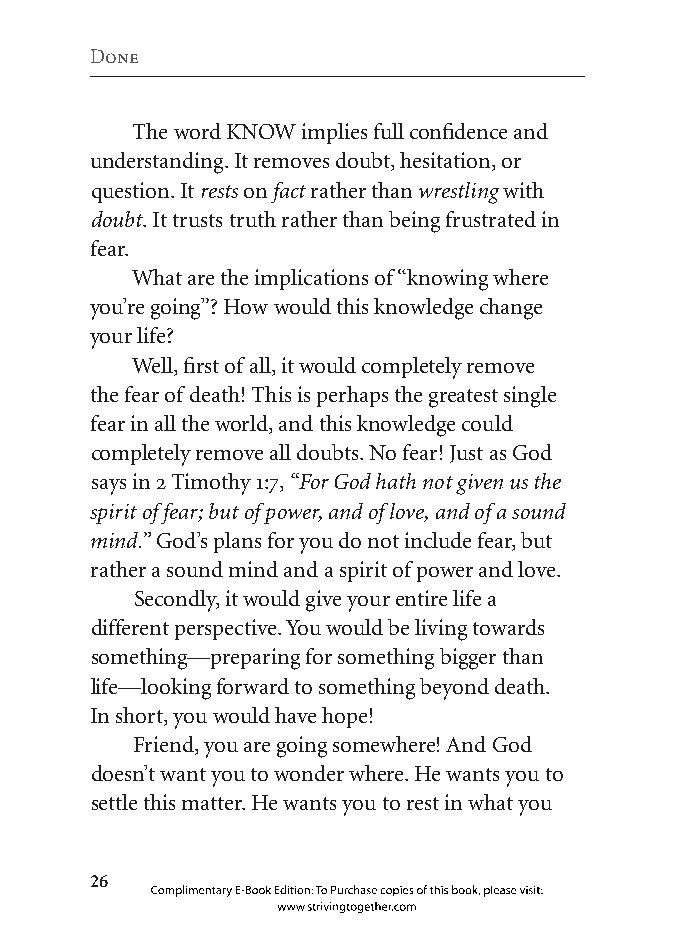
Done
 The word KNOW implies full confidence and
 understanding. It removes doubt, hesitation, or
 question. It rests on fact rather than wrestling with
 doubt. It trusts truth rather than being frustrated in
 fear.
 What are the implications of “knowing where
 you’re going”? How would this knowledge change
 your life?
 Well, first of all, it would completely remove
 the fear of death! This is perhaps the greatest single
 fear in all the world, and this knowledge could
 completely remove all doubts. No fear! Just as God
 says in 2 Timothy 1:7, “For God hath not given us the
 spirit of fear; but of power, and of love, and of a sound
 mind.” God’s plans for you do not include fear, but
 rather a sound mind and a spirit of power and love.
 Secondly, it would give your entire life a
 different perspective. You would be living towards
 something—preparing for something bigger than
 life—looking forward to something beyond death.
 In short, you would have hope!
 Friend, you are going somewhere! And God
 doesn’t want you to wonder where. He wants you to
 settle this matter. He wants you to rest in what you
 
 Complimentary E-Book Edition: To Purchase copies of this book, please visit:
 www.strivingtogether.com